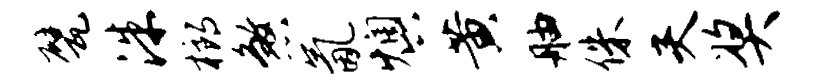
甓洙榔煞氤燠黄舳侏夫奖